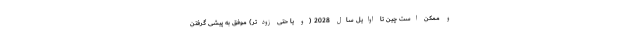
و ممکن است چین تا اوایل سال 2028 (و یا حتی زودتر) موفق به پیشی گرفتن